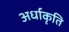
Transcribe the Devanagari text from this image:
अर्धाकृति